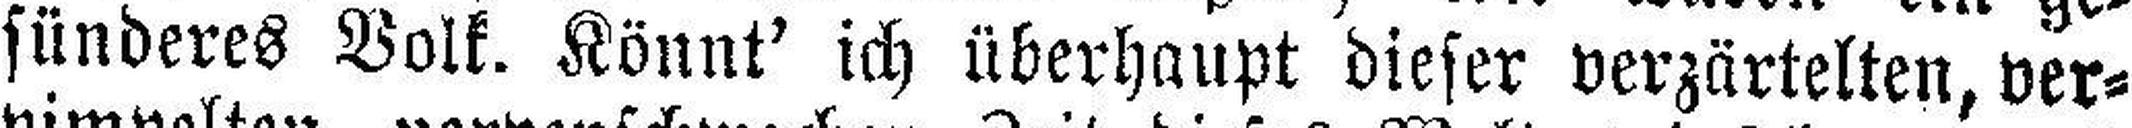
sünderes Volk. Könnt' ich überhaupt dieser verzärtelten, ver¬